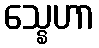
သ္နေဟာ